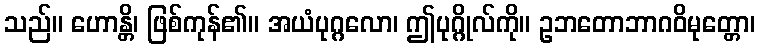
သည်။ ဟောန္တိ၊ ဖြစ်ကုန်၏။ အယံပုဂ္ဂလော၊ ဤပုဂ္ဂိုလ်ကို။ ဥဘတောဘာဂဝိမုတ္တော၊